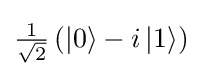
{\textstyle {\frac {1}{\sqrt {2}}}\left(\left|0\right\rangle -i\left|1\right\rangle \right)}